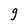
Character: 9